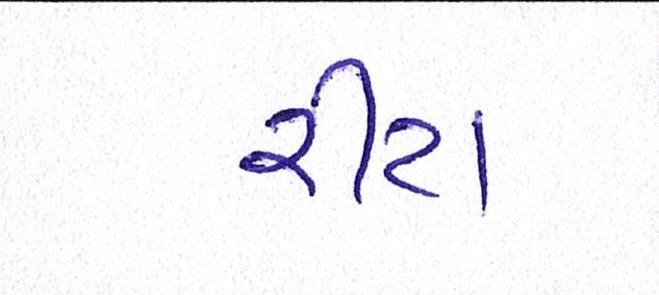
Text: રીટા